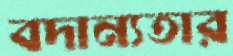
বদান্যতার